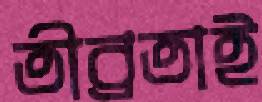
তীব্রতাই